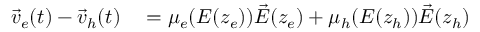
\begin{array} { r l } { \vec { v } _ { e } ( t ) - \vec { v } _ { h } ( t ) } & { { } = \mu _ { e } ( E ( z _ { e } ) ) \vec { E } ( z _ { e } ) + \mu _ { h } ( E ( z _ { h } ) ) \vec { E } ( z _ { h } ) } \end{array}